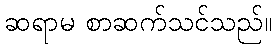
ဆရာမ စာဆက်သင်သည်။